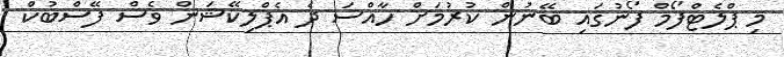
މި ޕްލެޓްފޯމް ފޯނުގައި ބޭނުން ކުރުމަށް ހާއްސަ ދެ އެޕްލިކޭޝަން ވެސް ފޭސްބުކް